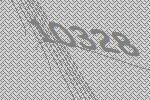
10328